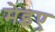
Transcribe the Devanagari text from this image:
मेइए